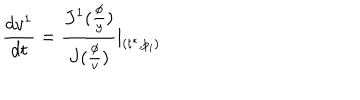
\frac { d v ^ { 1 } } { d t } = \frac { J ^ { 1 } ( \frac \phi y ) } { J ( \frac \phi v ) } | _ { ( t ^ { * } , p _ { i } ) }